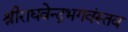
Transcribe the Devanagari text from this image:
श्रीराघवेन्द्रभगवंस्तव